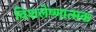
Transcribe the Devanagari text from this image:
विशलेष्णात्मक